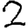
Digit: 2